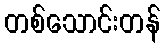
တစ်သောင်းတန်